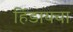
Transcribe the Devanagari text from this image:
हिंडायचा